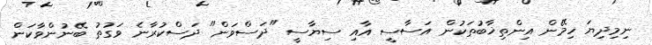
ނިމިދިޔަ ހިމޭން އިންތިޚާބުތަކުން އަސާސީ އާއި ސިޔާސީ "ދަސްވަން" ދަސްކުރާނެ ވަގުތު ބޭނުންވާކަން